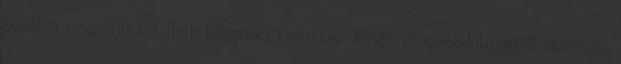
Ebből a szempontból Hulk központi karakter, kinek elszabadulásától mindenki